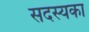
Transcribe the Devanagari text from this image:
सदस्यका